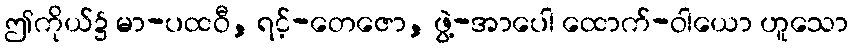
ဤကိုယ်၌ မာ-ပထဝီ, ရင့်-တေဇော, ဖွဲ့-အာပေါ ထောက်-ဝါယော ဟူသော